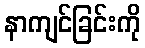
နာကျင်ခြင်းကို